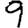
Digit: 9